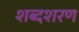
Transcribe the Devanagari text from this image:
शब्दशरण